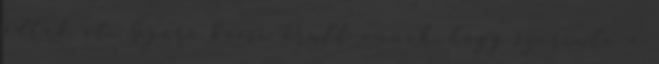
adták át. Gyuri bácsi örült annak, hogy szerinte a